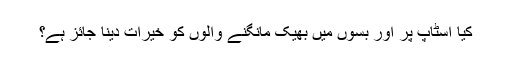
کیا اسٹاپ پر اور بسوں میں بھیک مانگنے والوں کو خیرات دینا جائز ہے؟